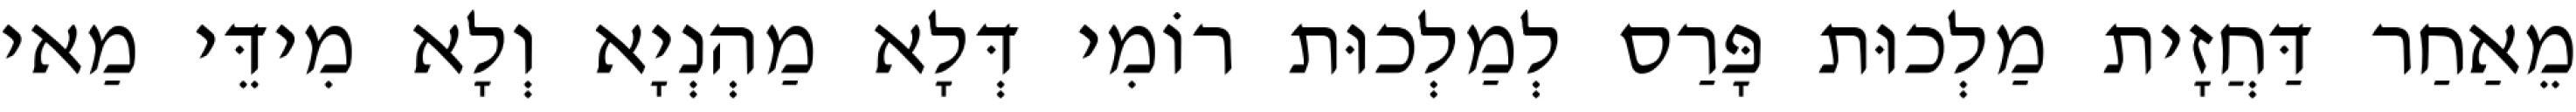
מֵאַחַר דַּחֲזָית מַלְכוּת פָּרַס לְמַלְכוּת רוֹמִי דְּלָא מַהְנְיָא וְלָא מִידֵּי מַאי